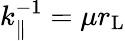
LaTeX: k_{\parallel}^{-1}=\mu r_{\mathrm{L}}